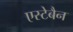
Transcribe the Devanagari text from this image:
एस्टेबैन